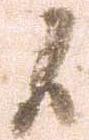
候